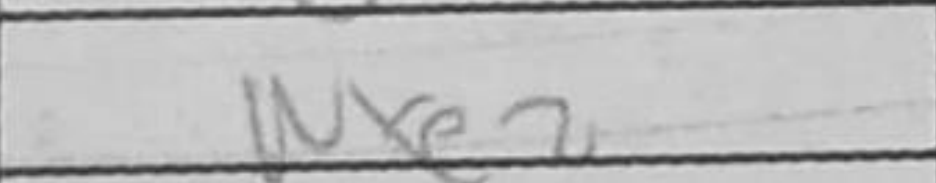
Transcription: Nxe2